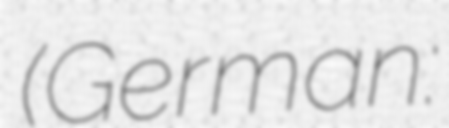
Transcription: (German: